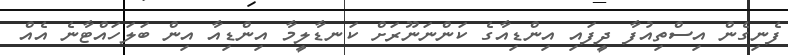
ފެނިގެން އިސްތިއުފާ ދީފައި އިންޑިއާގެ ކަންނަނޫރަށް ކަނޑާލީމާ އިންޑިއާ އިން ބަލަހައްޓާނެ އެއް